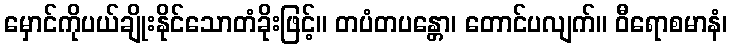
မှောင်ကိုပယ်ချိုးနိုင်သောတံခိုးဖြင့်။ တပံတပန္တော၊ တောင်ပလျက်။ ဝီရောစမာနံ၊